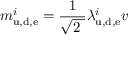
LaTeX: m _ { \mathrm { u , d , e } } ^ { i } = { \frac { 1 } { \sqrt { 2 \ } } } \lambda _ { \mathrm { u , d , e } } ^ { i } v